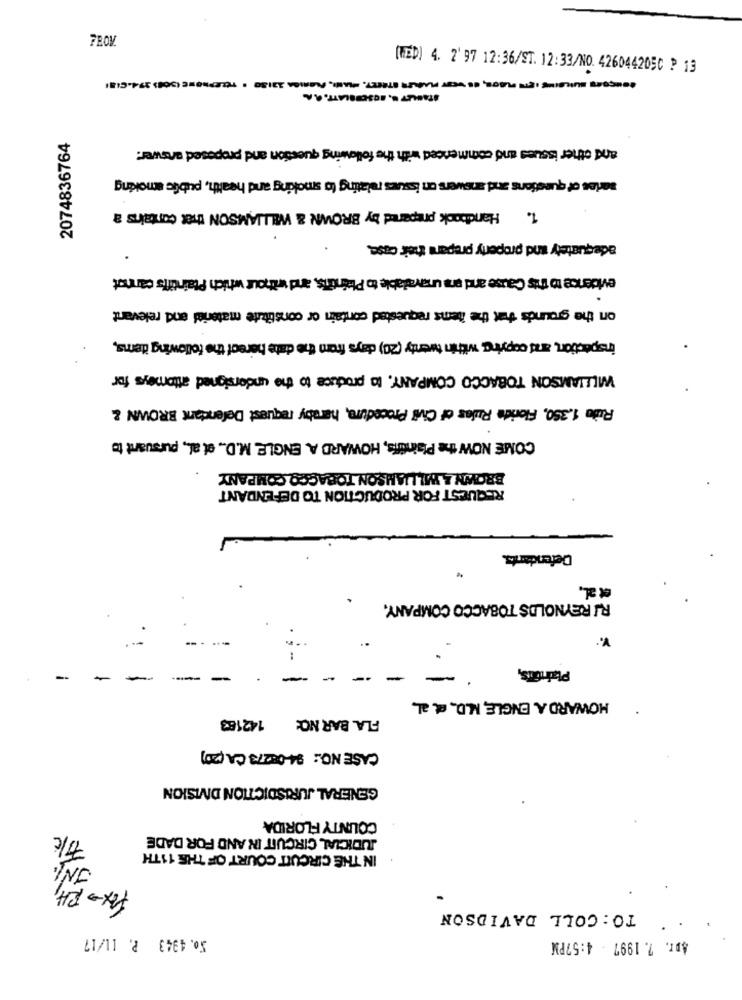
FROM
(FED) 4. 2' 97 12:36/ST. 12:33/NO. 4260442050 P 13
STANLEY U, BOSCOBLATT.R.A.
2074836764
and other issues and commenced with the following question and proposed answer:
series of questions and answers on issues relating to smoking and health, public smoking
1. Handbook prepared by BROWN & WILLIAMSON that contains a
adequately and property prepara their case.
eviderice to this Cause and era unavalable to Plaintits, and withour which Plaintiffs cannot
on the grounds that the items requested contain or constitute material and relevant
inspection, and copying within twenty (20) days from the date hereof the following items,
WILLIAMSON TOBACCO COMPANY, to produce to the undersigned attomeys for
Rute 1.350, Florida Rules of Civil Procedure, haraby request Defendant BROWN &
COME NOW the Plaintiffs, HOWARD A. ENGLE, M.D ., et al ., pursuant to
BROWN A WILLIAMSON TOBACCO COMPANY
REQUEST FOR PRODUCTION TO DEFENDANT
Defendants.
R/ REYNOLDS TOBACCO COMPANY.
Plaintus,
-
HOWARD A. ENGLE, M.D ., et. al.
FLA. BAR NO: 142183
CASE NO: 94-0 273 CA(20)
GENERAL JURISDICTION DIVISION
COUNTY FLORIDA
JUDICIAL CIRCUIT IN AND FOR DADE
JNI.
IN THE CIRCUIT COURT OF THE 11TH
Fix-RH,
TO : COLL DAVIDSON
So. 4343 P. 11/17
. .
Apr. 7. 1997 - 4:57PM